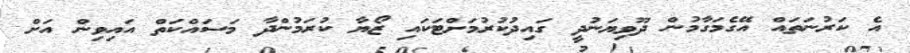
އެ ކަރުނަތައް އޭގެމަގާމުން ދޫވިޔަނުދީ ގައިދުކުރުމަށްޓަކައި ޒޯޔާ ކުރަމުންދާ މަސައްކަތް އައިވިން އަށް